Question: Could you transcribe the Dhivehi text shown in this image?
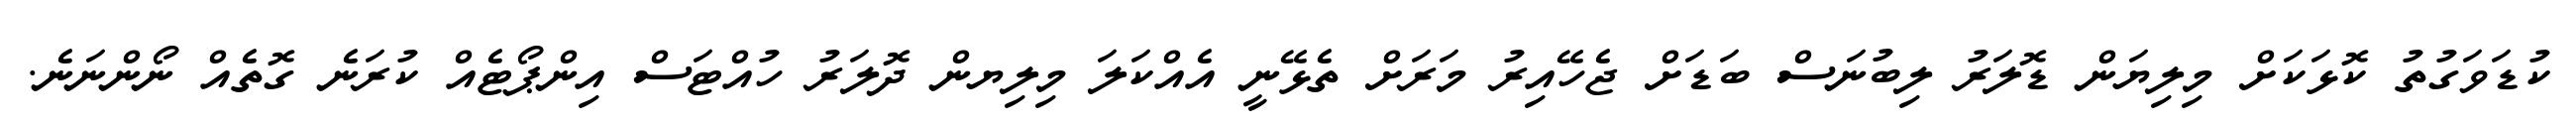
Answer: ކުޑަވަގުތު ކޮޅަކަށް މިލިޔަން ޑޮލަރު ލިބުނަސް ބަޑަށް ޖެހޭއިރު މަރަށް ތެޅޭނީ އެއްކަލަ މިލިޔން ދޮލަރު ހުއްޓަސް އިންޕޯޓެއް ކުރަނެ ގޮތެއް ނޯންނަނެ.